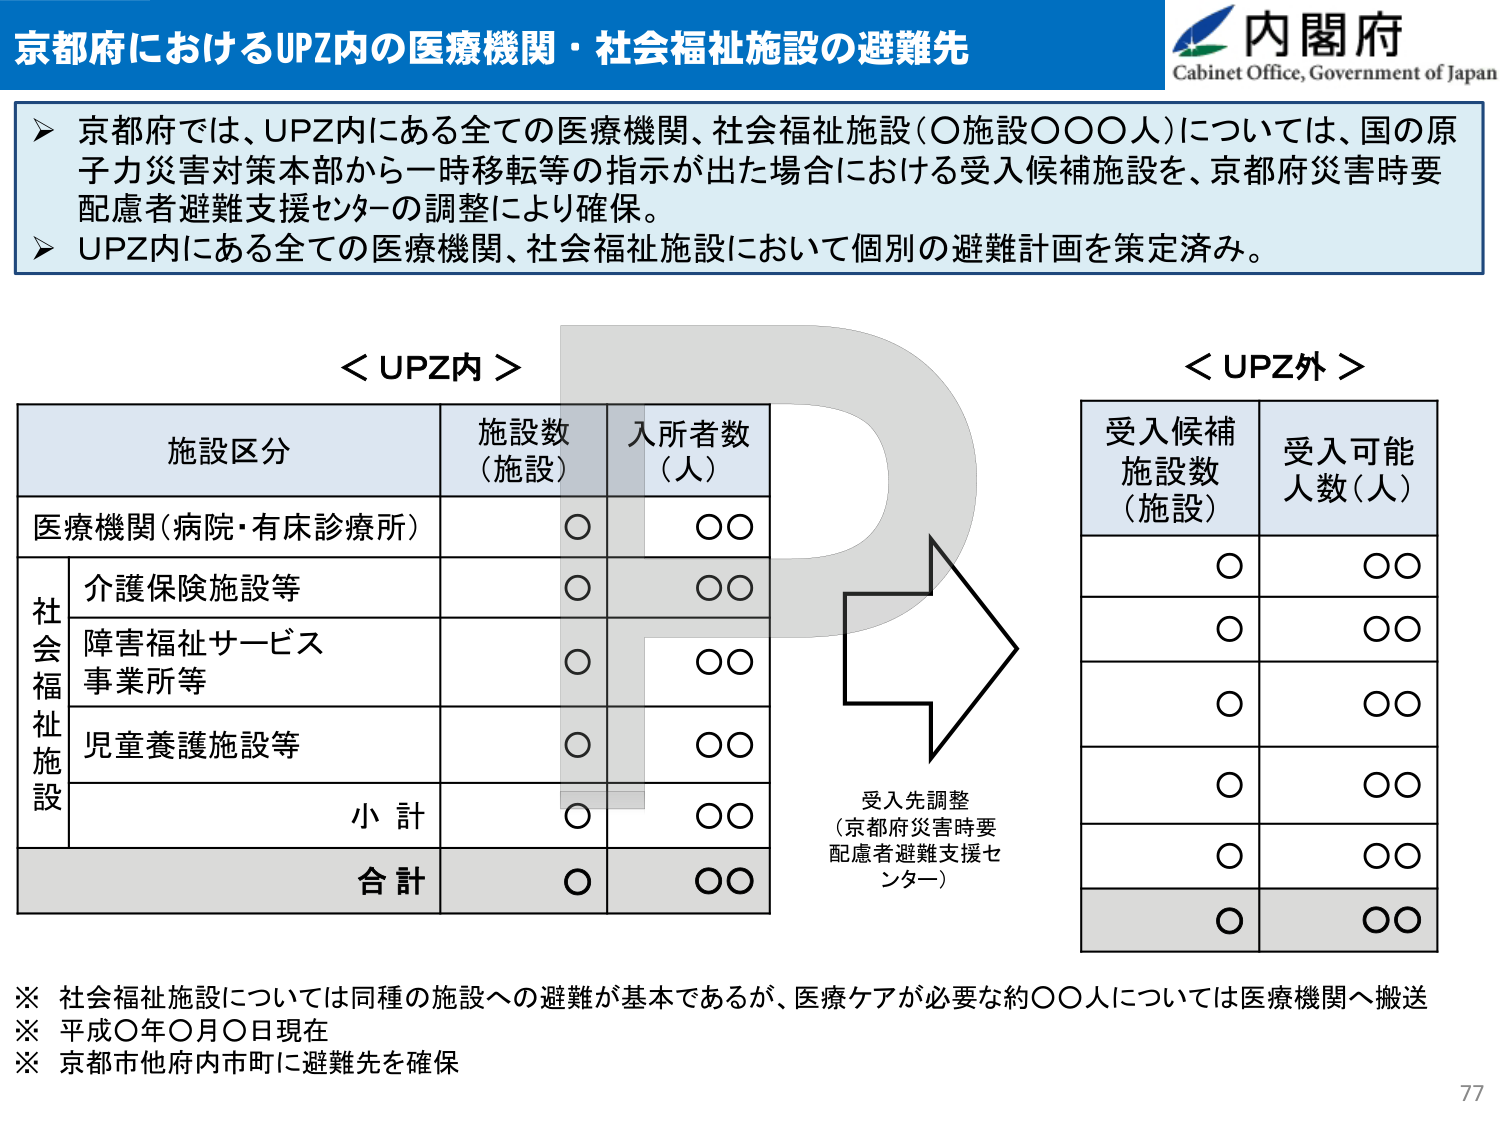
京都府におけるUPZ内の医療機関・社会福祉施設の避難先

内閣府
Cabinet Office, Government of Japan

➤ 京都府では、UPZ内にある全ての医療機関、社会福祉施設（○施設○○○人）については、国の原子力災害対策本部から一時移転等の指示が出た場合における受入候補施設を、京都府災害時要配慮者避難支援センターの調整により確保。
➤ UPZ内にある全ての医療機関、社会福祉施設において個別の避難計画を策定済み。

＜UPZ内＞

施設区分　　　　　　施設数（施設）　　入所者数（人）
医療機関（病院・有床診療所）　　　　○　　　　　　○○
社会福祉施設
　　介護保険施設等　　　　　　　　　　○　　　　　　○○
　　障害福祉サービス事業所等　　　　　○　　　　　　○○
　　児童養護施設等　　　　　　　　　　○　　　　　　○○
　　　　　　　　　　　　　　　　　　小計　　　　　○　　　　　　○○
　　　　　　　　　　　　　　　　　　合計　　　　　○　　　　　　○○

＜UPZ外＞

受入候補施設数（施設）　　受入可能人数（人）
　　　　　　　　　　　　　　　　○　　　　　　○○
　　　　　　　　　　　　　　　　○　　　　　　○○
　　　　　　　　　　　　　　　　○　　　　　　○○
　　　　　　　　　　　　　　　　○　　　　　　○○
　　　　　　　　　　　　　　　　○　　　　　　○○
　　　　　　　　　　　　　　　　○　　　　　　○○
　　　　　　　　　　　　　　　　○　　　　　　○○

受入先調整
（京都府災害時要配慮者避難支援センター）

※ 社会福祉施設については同種の施設への避難が基本であるが、医療ケアが必要な約○○人については医療機関へ搬送
※ 平成○年○月○日現在
※ 京都市他府内市町に避難先を確保

77